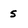
Character: s